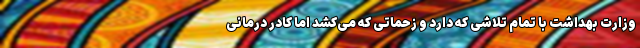
وزارت بهداشت با تمام تلاشی که دارد و زحماتی که می‌کشد اما کادر درمانی